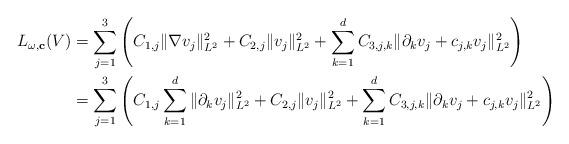
LaTeX: \begin{align*}L_{\omega,\mathbf{c}}(V)&=\sum_{j=1}^3\left(C_{1,j}\|\nabla v_j\|_{L^2}^2+C_{2,j}\|v_j\|_{L^2}^2+\sum_{k=1}^dC_{3,j,k}\|\partial_kv_j+c_{j,k}v_j\|_{L^2}^2\right)\\&=\sum_{j=1}^3\left(C_{1,j}\sum_{k=1}^d\|\partial_k v_j\|_{L^2}^2+C_{2,j}\|v_j\|_{L^2}^2+\sum_{k=1}^dC_{3,j,k}\|\partial_kv_j+c_{j,k}v_j\|_{L^2}^2\right)\end{align*}